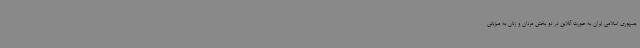
جمهوری اسلامی ایران به صورت آنلاین در دو بخش مردان و زنان به میزبانی